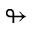
\looparrowright